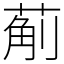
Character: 葪